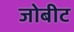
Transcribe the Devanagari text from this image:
जोबीट